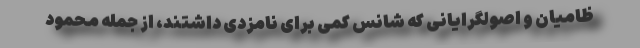
ظامیان و اصولگرایانی که شانس کمی برای نامزدی داشتند، از جمله محمود